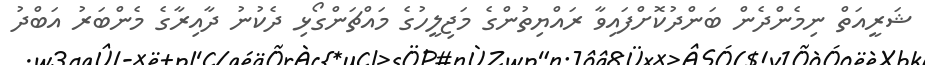
ޝަރީއަތް ނިމެންދެން ބަންދުކޮށްފައިވާ ރައްޔިތުންގެ މަޖިލީހުގެ މައްޗަންގޯޅި ދެކުނު ދާއިރާގެ މެންބަރު އަބްދު